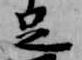
足